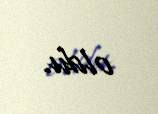
oldu.